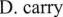
D. Carry